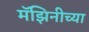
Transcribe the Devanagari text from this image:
मॅझिनीच्या